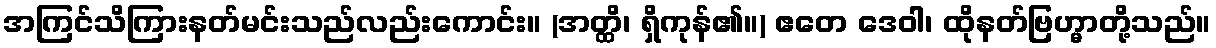
အကြင်သိကြားနတ်မင်းသည်လည်းကောင်း။ (အတ္ထိ၊ ရှိကုန်၏။) ဧတေ ဒေဝါ၊ ထိုနတ်ဗြဟ္မာတို့သည်။